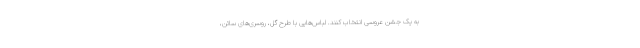
به یک جشن عروسی انتخاب کنند. لباس‌هایی با طرح گل، روسری‌های ساتن،